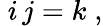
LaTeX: \; i\, j=k\; ,